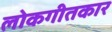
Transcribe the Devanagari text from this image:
लोकगीतकार